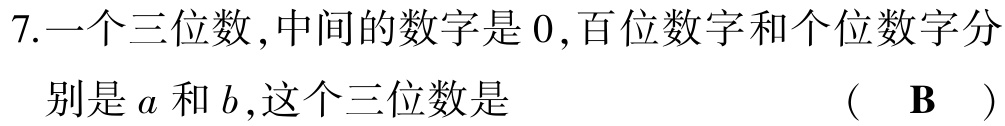
7.一个三位数,中间的数字是0,百位数字和个位数字分别是\(a\)和\(b\),这个三位数是 （ B ）